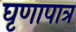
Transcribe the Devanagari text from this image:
घृणापात्र